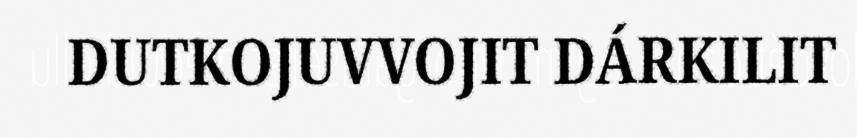
DUTKOJUVVOJIT DÁRKILIT